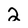
Character: 2